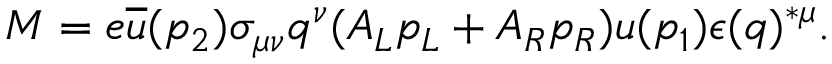
M = e \overline { { { u } } } ( p _ { 2 } ) \sigma _ { \mu \nu } q ^ { \nu } ( A _ { L } p _ { L } + A _ { R } p _ { R } ) u ( p _ { 1 } ) \epsilon ( q ) ^ { * \mu } .